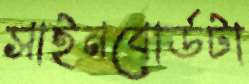
সাইনবোর্ডটা